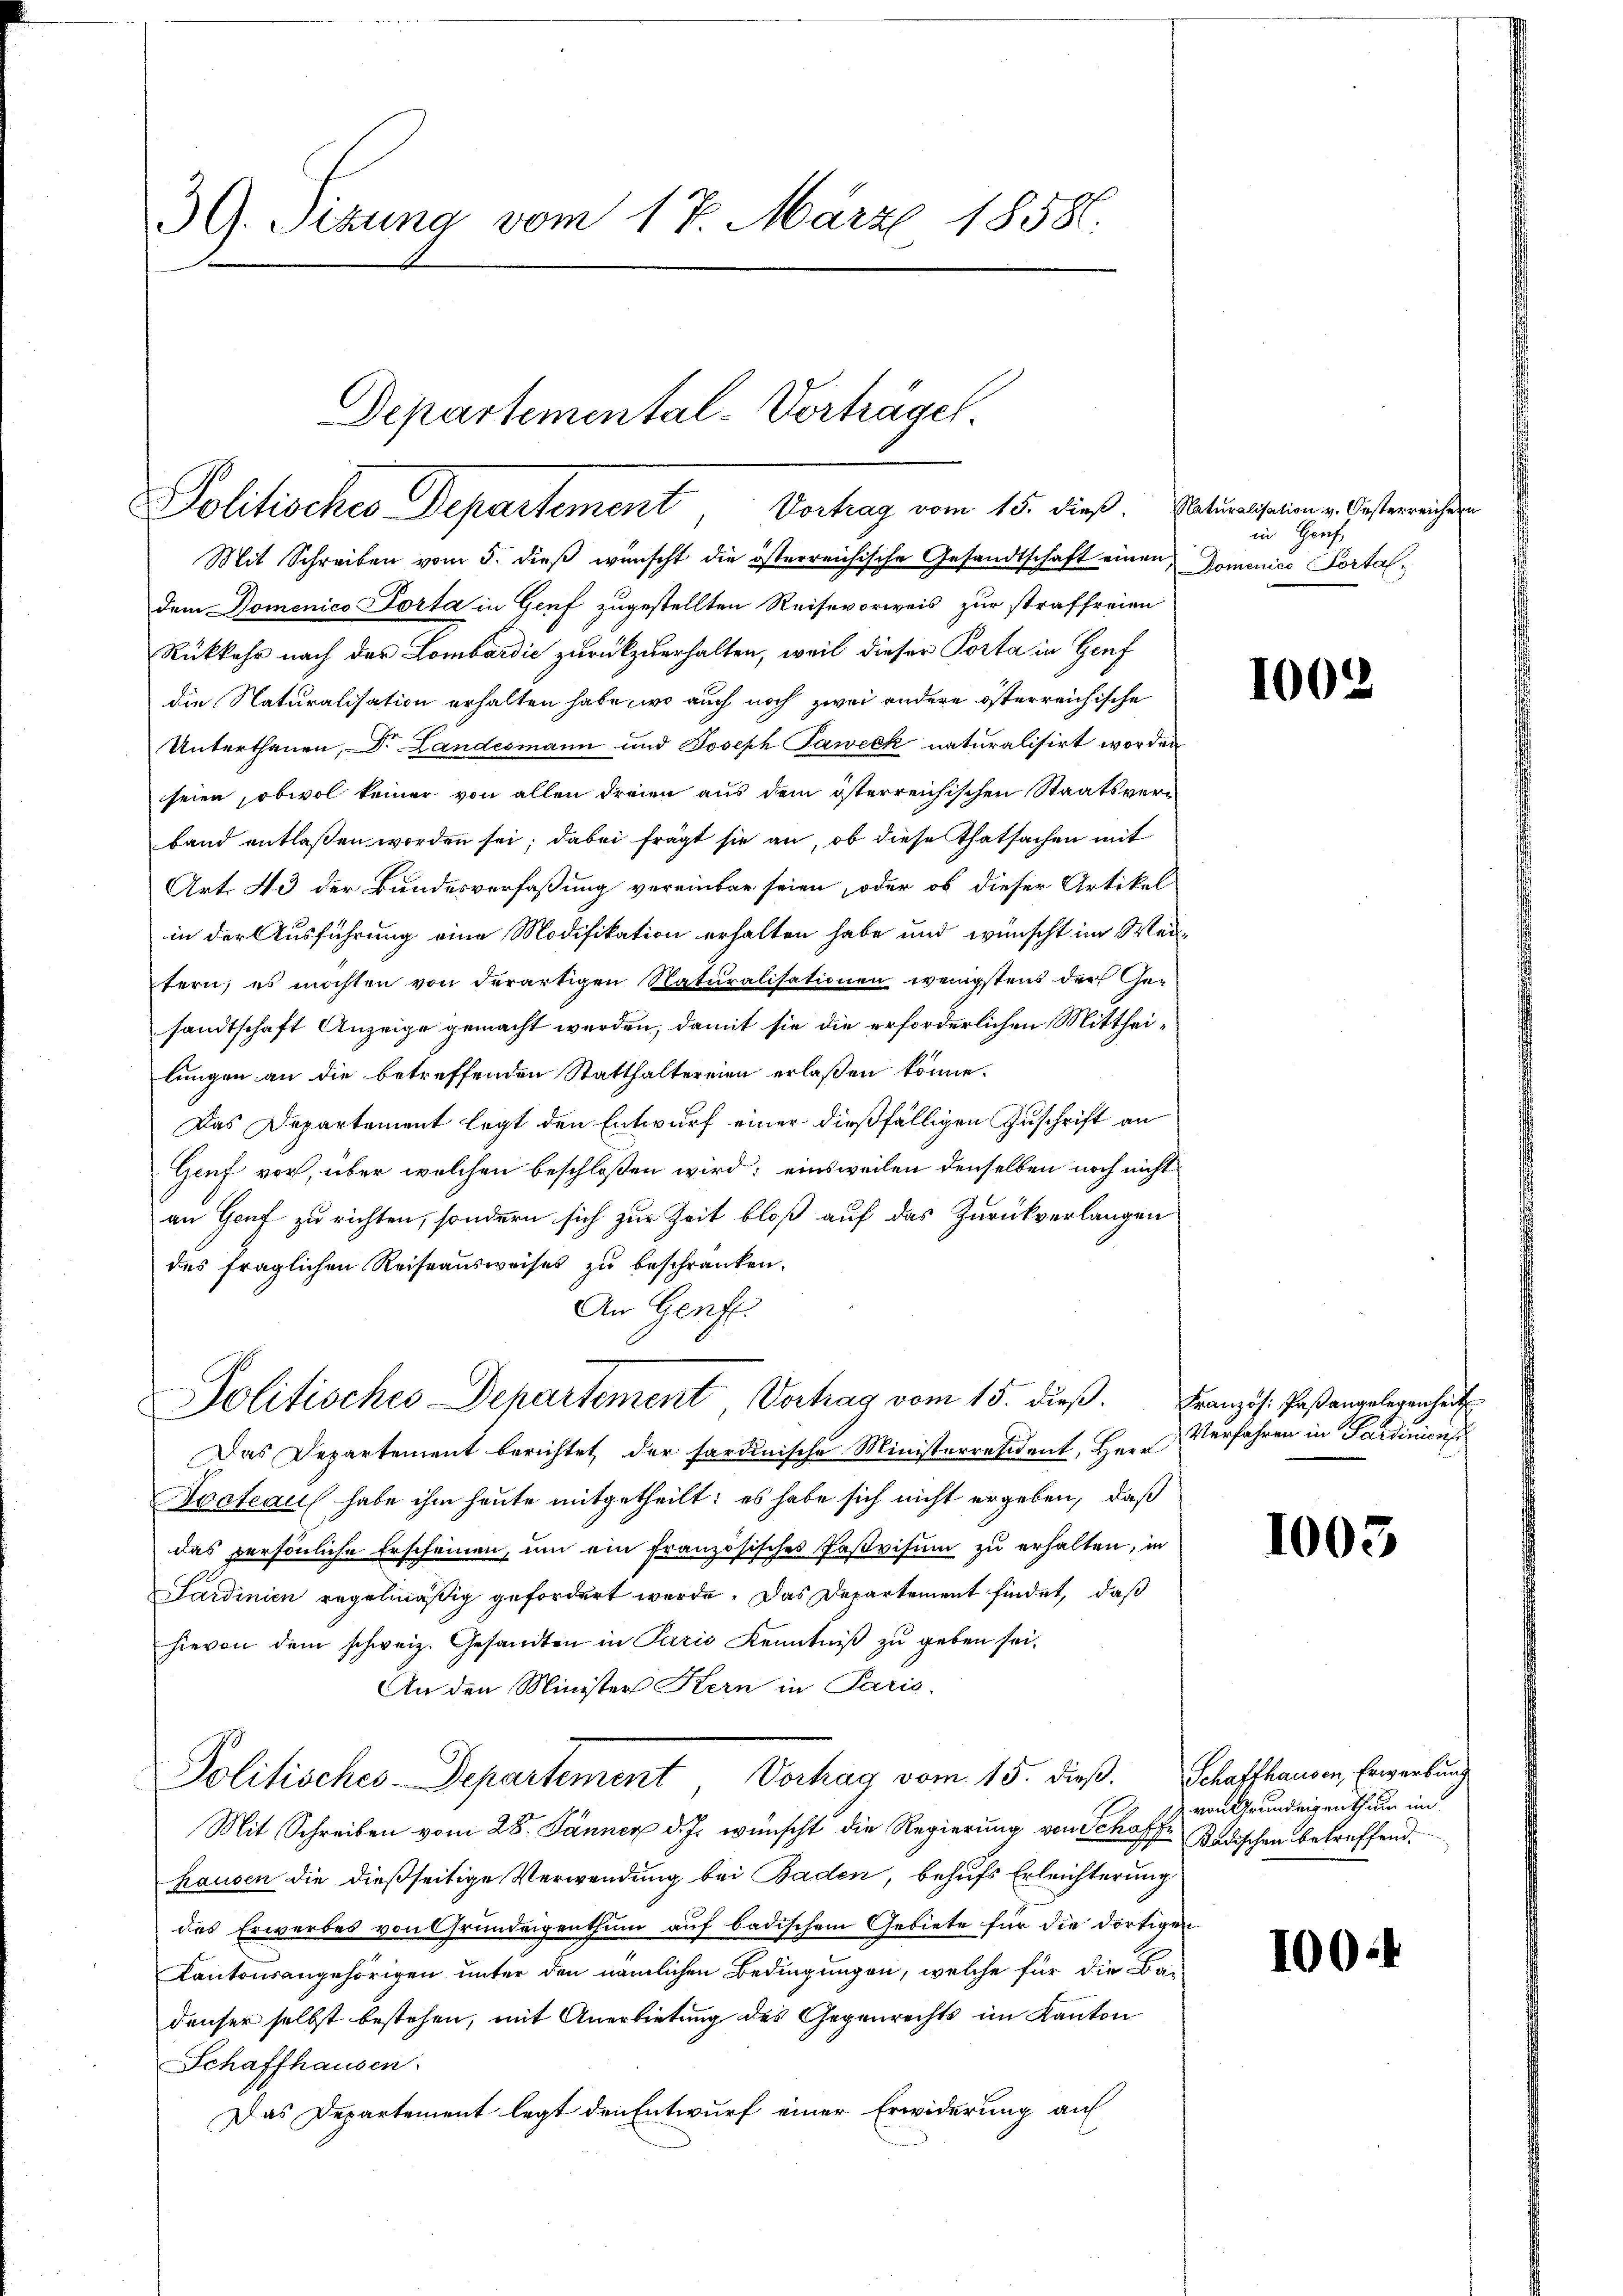
39. Sizung vom 17. März 1858.

Departemental-Vorträgel
Politisches Departement, Vortrag vom 18. dieß. Satissen v. Oesterrichte

Mit Schreiben vom 5. dieβ wünscht die österreichische Gesandtschaft einen Domenico Portaldem Domenico Porta in Genf zugestellten Reisevorweis zur straffreien
Rükkehr nach der Lombardić zurückzuerhalten, weil dieser Porta in Genf
die Naturalisation erhalten habe, wo auch noch zwei andere österreichische
Unterthanen, Dr. Landesmann und Joseph Paweck naturalisirt worden
seien, obwol keiner von allen dreien aus dem österreichischen Staatsverband entlassen worden sei; dabei frägt sie an, ob diese Thatsachen mit
Art. 43 der Bundesverfaßung vereinbar seien, oder ob dieser Artikel
in der Ausführung eine Modifikation erhalten habe und wünscht im Weitern, es möchten von derartigen Naturalisationen wenigstens der Gesandtschaft Anzeige gemacht werden, damit sie die erforderlichen Mittheilungen an die betreffenden Statthaltereien erlaßen könne.
Das Departement legt den Entwurf einer dießfälligen Zuschrift an
Genf vor, über welchen beschloßen wird; einsweilen denselben noch nicht
an Genf zu richten, sondern sich zur Zeit bloß auf das Zurückverlangen
des fraglichen Reiseausweises zu beschränken.
An Genf
Politisches Departement Vortrag vom 15. dieβ. Französ. Faßangelegenheit
Das Departement berichtet der sardinische Ministerresident, Herr
Toeteau habe ihm heute mitgetheilt: es habe sich nicht ergeben, daß
das persönliche Erscheinen, ŭm ein französisches Pastvisum zu erhalten, in
Sardinien regelmäßig gefordert werde. Das Departement findet, daß
hievon dem schweiz. Gesandten in Paris Kenntniß zu geben sei.
An den Minister Kern in Paris.
Politisches-Departement Verhag vom 15. dieß.
Mit Schreiben vom 28. Jänner d. Js. wünscht die Regierung von Schoff Badischen betreffend.
hausen die dießseitige Verwendung bei Baden, behufs Erleichterung
des Erwerbes von Grundeigenthum auf badischem Gebiete für die dortigen
Kantonsangehörigen unter den nämlichen Bedingungen, welche für die Bau
denser selbst bestehen, mit Anerbietung des Gegenrechts im Kanton
Schaffhausen.
Das Departement legt den Entwurf einer Erwiderung auf

in Hauf

1002

Verfahren in Sardinien

1003

Schaffhausen, Erwerbung
von Grundeigenthum in

1004